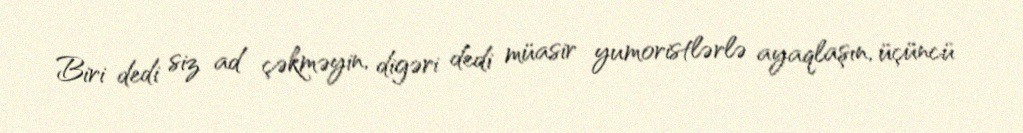
Biri dedi siz ad çəkməyin, digəri dedi müasir yumoristlərlə ayaqlaşın, üçüncü